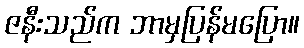
ဇနီးသည်က ဘာမှပြန်မပြော။